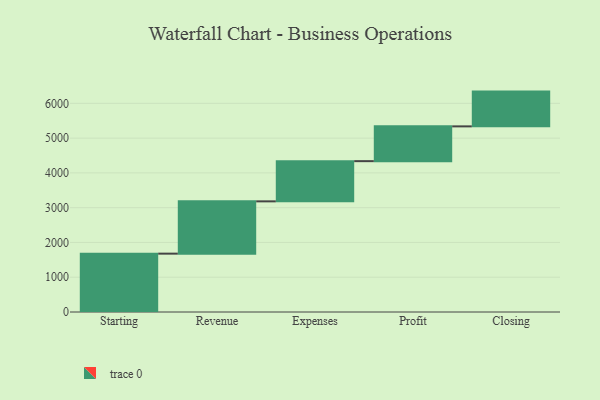
{"axis": {"x": "Step", "y": "Value"}, "legend": [""], "data": [{"x": "Starting", "y": 1678.0, "type": ""}, {"x": "Revenue", "y": 1504.0, "type": ""}, {"x": "Expenses", "y": 1156.0, "type": ""}, {"x": "Profit", "y": 1000, "type": ""}, {"x": "Closing", "y": 1000, "type": ""}]}